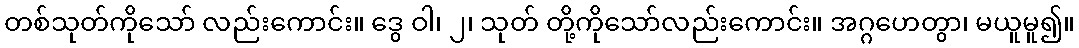
တစ်သုတ်ကိုသော် လည်းကောင်း။ ဒွေ ဝါ၊ ၂၊ သုတ် တို့ကိုသော်လည်းကောင်း။ အဂ္ဂဟေတွာ၊ မယူမူ၍။